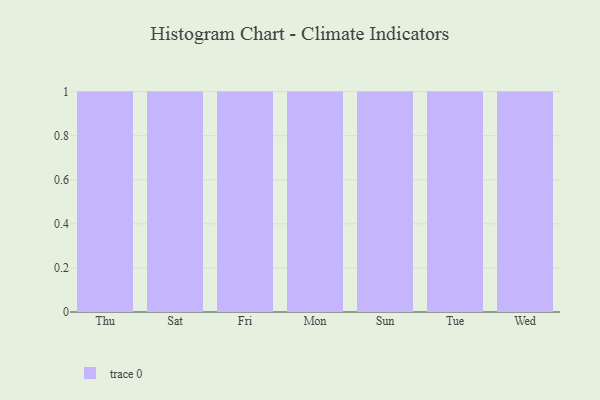
{"axis": {"x": "Day", "y": "Net Income (USD K)"}, "legend": [""], "data": [{"x": "Thu", "y": 45, "type": ""}, {"x": "Sat", "y": 4, "type": ""}, {"x": "Fri", "y": 76, "type": ""}, {"x": "Mon", "y": 62, "type": ""}, {"x": "Sun", "y": 63, "type": ""}, {"x": "Tue", "y": 9, "type": ""}, {"x": "Wed", "y": 19, "type": ""}]}